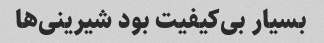
بسیار بی‌کیفیت بود شیرینی‌ها